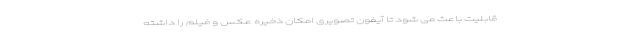
قابلیت باعث می شود تا آیفون تصویری امکان ذخیره عکس و فیلم را داشته